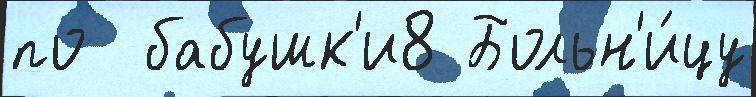
по  бабушк'и8 Больн'и́цу